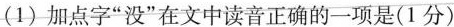
(1)加点字”没”在文中读音正确的一项是(1分)